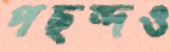
পছন্দও